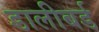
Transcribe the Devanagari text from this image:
डालीबर्ड